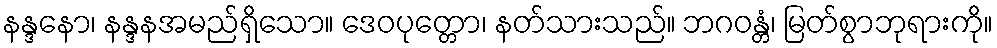
နန္ဒနော၊ နန္ဒနအမည်ရှိသော။ ဒေဝပုတ္တော၊ နတ်သားသည်။ ဘဂဝန္တံ၊ မြတ်စွာဘုရားကို။